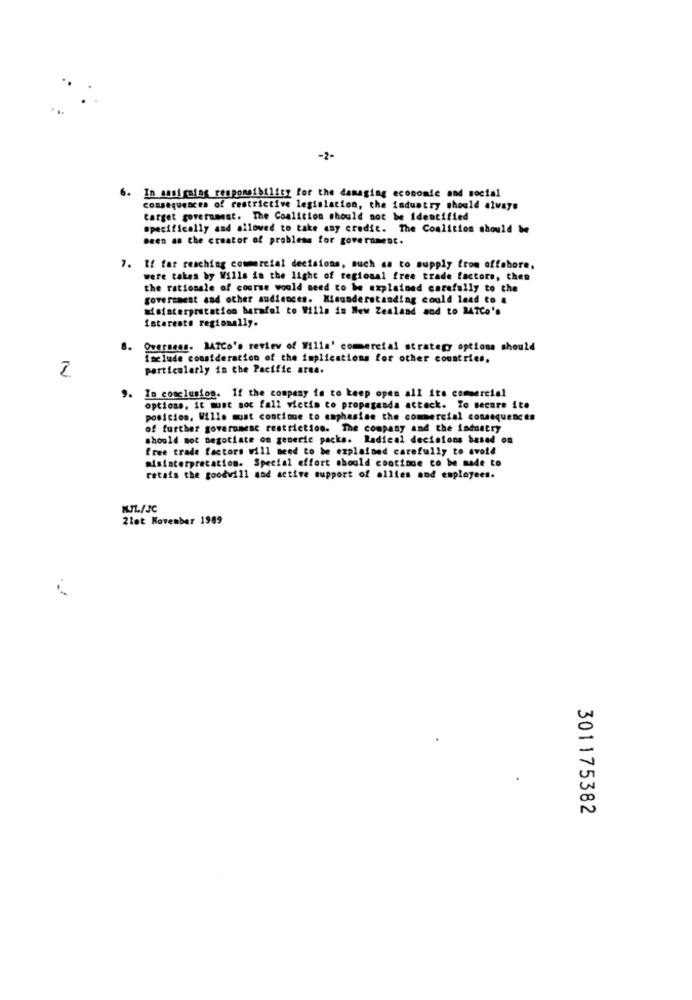
-2-
6. In ansi ralag responsibility for the damaging economic and social
consequences of restrictive legislation, the industry should always
target government. The Coalition should not be Identified
specifically and allowed to take any credit. The Coalition should be
Been as the creator of problems for government.
7. If far reaching commercial decisions, such as to supply from offshore,
were taken by Wills in the light of regional free trade factors, then
the rationale of course would need to be explained carefully to the
goveramest and other audiences. Misunderstanding could lead to &
Misinterpretation barafol to Willa in New Zealand and to 247Co's
interests regionally.
8.
Overseas. MATCo's review of Willa' commercial strategy options should
Include consideration of the implications for other countries.
particularly in the Pacific area.
9. In conclusion. If the company is to keep open all its commercial
options, it must not fall victim to propaganda attack. To secure ite
posicion, Wille must continue to emphasise the commercial consequences
of further government restriction. The company and the industry
should mot negotiate on generic packs. Radical decisions based on
free trade factors will need to be explained carefully to avoid
Misinterpretation. Special effort should continue to be made to
retais the goodwill and active support of allies and employees.
2let November 1989
301175382